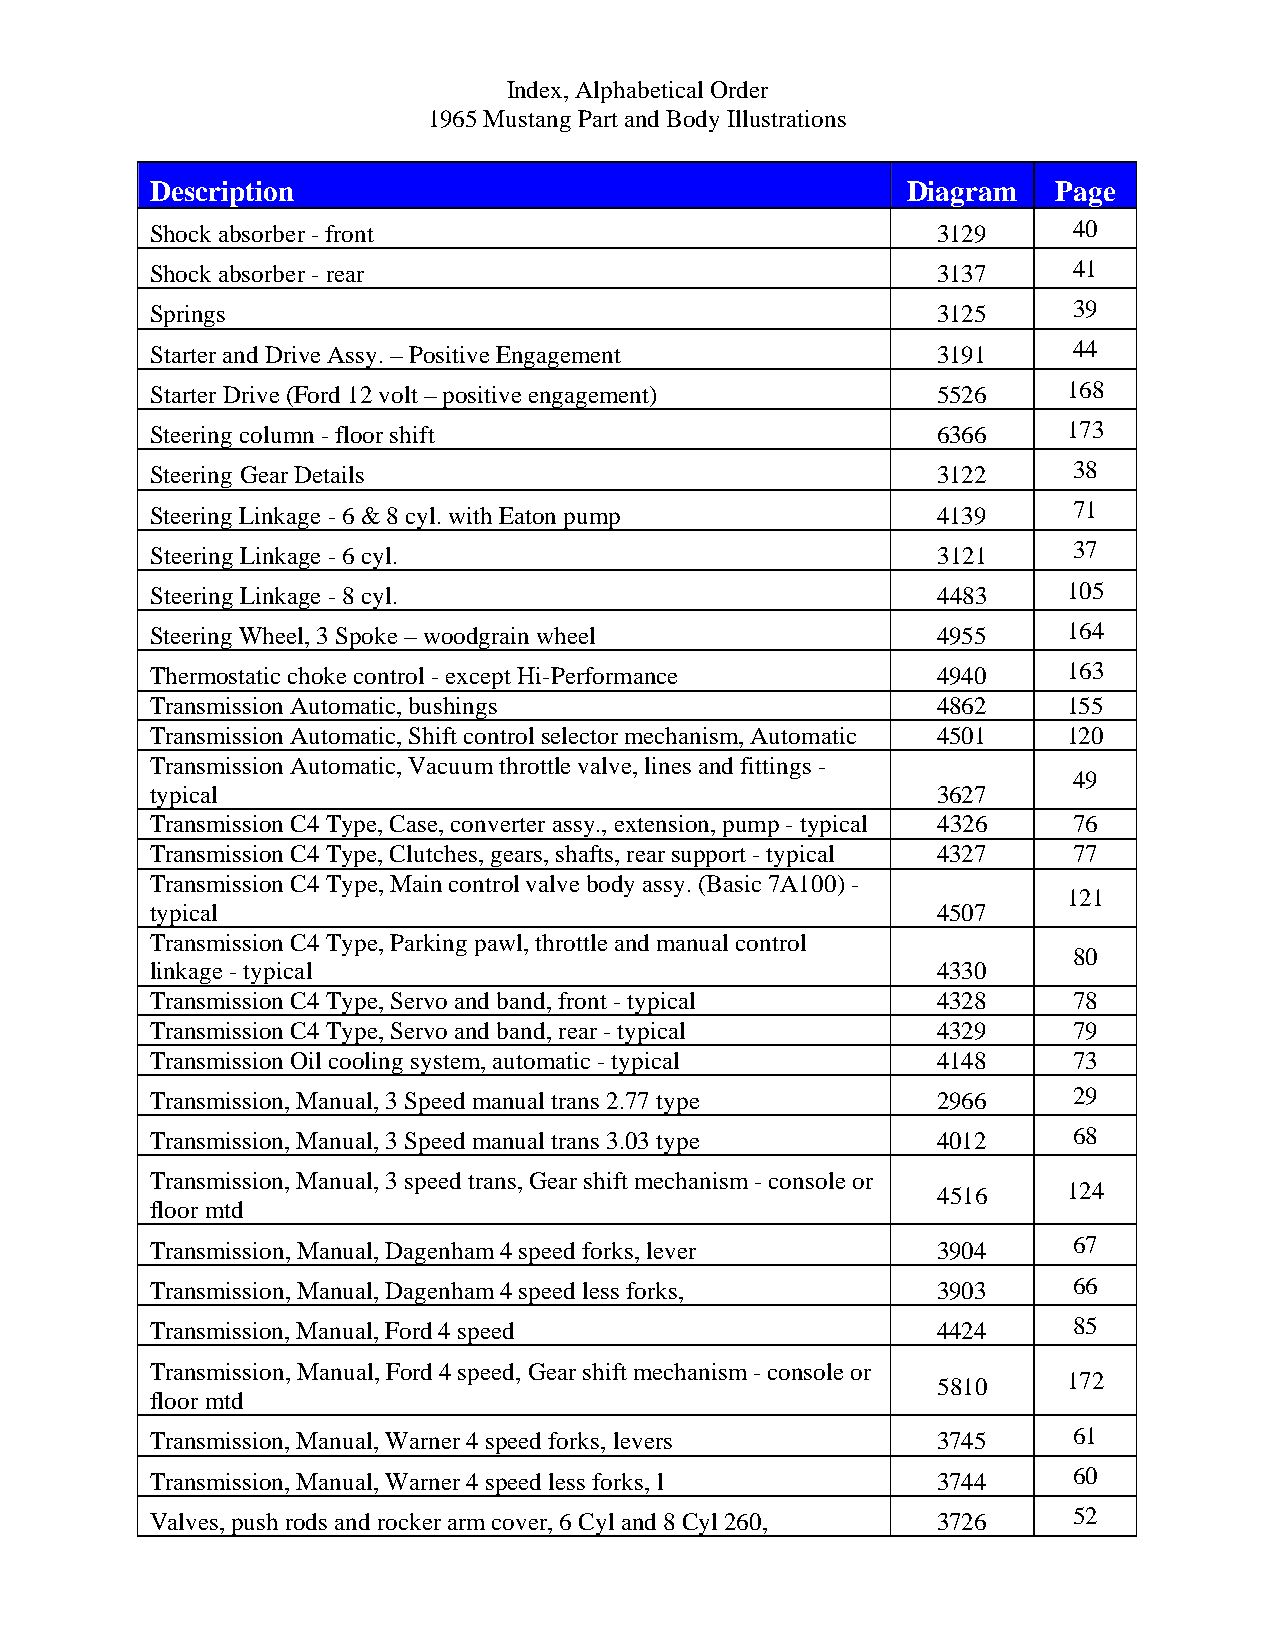
Index, Alphabetical Order
 1965 Mustang Part and Body Illustrations
 Description                                       Diagram   Page
 Shock absorber - front                              3129     40
 Shock absorber - rear                               3137     41
 Springs                                             3125     39
 Starter and Drive Assy. – Positive Engagement       3191     44
 Starter Drive (Ford 12 volt – positive engagement)  5526     168
 Steering column - floor shift                       6366     173
 Steering Gear Details                               3122     38
 Steering Linkage - 6 & 8 cyl. with Eaton pump       4139     71
 Steering Linkage - 6 cyl.                           3121     37
 Steering Linkage - 8 cyl.                           4483     105
 Steering Wheel, 3 Spoke – woodgrain wheel           4955     164
 Thermostatic choke control - except Hi-Performance  4940     163
 Transmission Automatic, bushings                    4862     155
 Transmission Automatic, Shift control selector mechanism, Automatic 4501 120
 Transmission Automatic, Vacuum throttle valve, lines and fittings -
 49
 typical                                             3627
 Transmission C4 Type, Case, converter assy., extension, pump - typical 4326 76
 Transmission C4 Type, Clutches, gears, shafts, rear support - typical 4327 77
 Transmission C4 Type, Main control valve body assy. (Basic 7A100) -
 121
 typical                                             4507
 Transmission C4 Type, Parking pawl, throttle and manual control
 80
 linkage - typical                                   4330
 Transmission C4 Type, Servo and band, front - typical 4328   78
 Transmission C4 Type, Servo and band, rear - typical 4329    79
 Transmission Oil cooling system, automatic - typical 4148    73
 Transmission, Manual, 3 Speed manual trans 2.77 type 2966    29
 Transmission, Manual, 3 Speed manual trans 3.03 type 4012    68
 Transmission, Manual, 3 speed trans, Gear shift mechanism - console or
 4516     124
 floor mtd
 Transmission, Manual, Dagenham 4 speed forks, lever 3904     67
 Transmission, Manual, Dagenham 4 speed less forks,  3903     66
 Transmission, Manual, Ford 4 speed                  4424     85
 Transmission, Manual, Ford 4 speed, Gear shift mechanism - console or
 5810     172
 floor mtd
 Transmission, Manual, Warner 4 speed forks, levers  3745     61
 Transmission, Manual, Warner 4 speed less forks, l  3744     60
 Valves, push rods and rocker arm cover, 6 Cyl and 8 Cyl 260, 3726 52